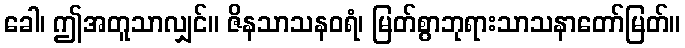
ခေါ၊ ဤအတူသာလျှင်။ ဇိနသာသနဝရံ၊ မြတ်စွာဘုရားသာသနာတော်မြတ်။